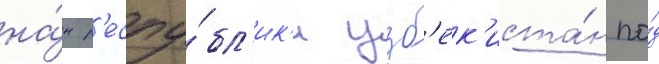
на́н р'еспу́бл'ик'и узб'ек'иста́н по́д